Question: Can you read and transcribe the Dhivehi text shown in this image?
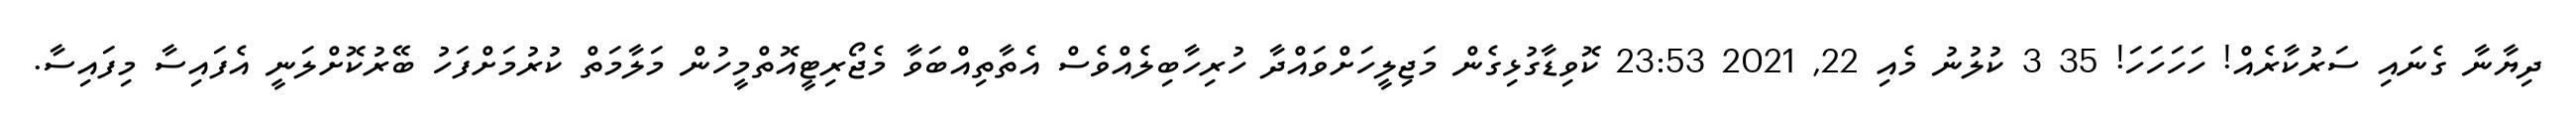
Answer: ދިޔާނާ ގެނައި ސަރުކާރެއް! ހަހަހަހަ! 35 3 ކުލުނު މެއި 22, 2021 23:53 ކޮވިޑާގުޅިގެން މަޖިލީހަށްވައްދާ ހުރިހާބިލެއްވެސް އެތާތިއްބަވާ މެޖޯރިޓީއޮތްމީހުން މަލާމަތް ކުރުމަށްފަހު ބޭރުކޮށްލަނީ އެފައިސާ މިފައިސާ.